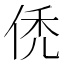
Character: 𬾒